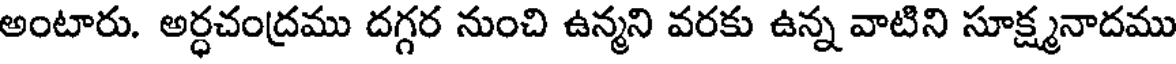
అంటారు. అర్ధచంద్రము దగ్గర నుంచి ఉన్మని వరకు ఉన్న వాటిని సూక్ష్మనాదము